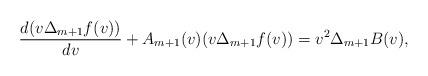
LaTeX: \begin{align*} \frac{d(v\Delta_{m+1}f(v))}{dv}+A_{m+1}(v)(v\Delta_{m+1}f(v))=v^2\Delta_{m+1}B(v),\end{align*}